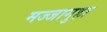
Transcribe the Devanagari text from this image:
मज्जागुहा